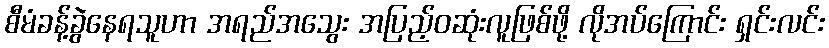
စီမံခန့်ခွဲနေရသူဟာ အရည်အသွေး အပြည့်ဝဆုံးလူဖြစ်ဖို့ လိုအပ်ကြောင်း ရှင်းလင်း